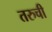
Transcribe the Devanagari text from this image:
तरुची